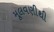
મૂલવણીથી